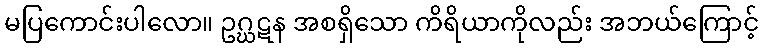
မပြကောင်းပါလော။ ဥဂ္ဃဋန အစရှိသော ကိရိယာကိုလည်း အဘယ်ကြောင့်